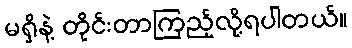
မရှိနဲ့ တိုင်းတာကြည့်လို့ရပါတယ်။